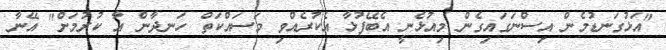
"އަޅުގަނޑުމެން އިސްނަގައިގެން މިއުޅެނީ އެބޭފުޅާ އެކުރެއްވި މަސައްކަތް ހަނދާން އާ ކުރުމަށް" އޭނާ